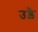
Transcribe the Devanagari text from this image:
उड़ै